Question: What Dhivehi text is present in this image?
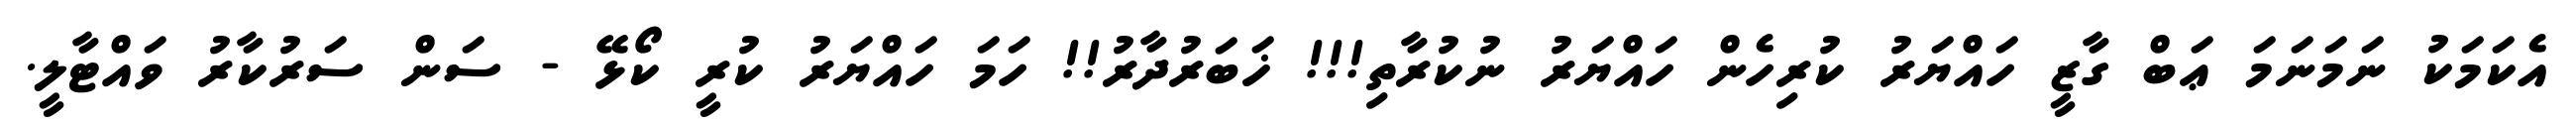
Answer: އެކަމަކު ނަމަނަމަ ޢަބް ގާޒީ ހައްޔަރު ކުރިހެން ހައްޔަރު ނުކުރާތި!!! ޚަބަރުދާރު!! ހަމަ ހައްޔަރު ކުރީ ކޯޅޭ - ސަން ސަރުކާރު ވައްޓާލީ.